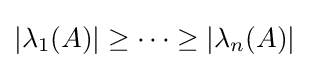
|\lambda _{1}(A)|\geq \cdots \geq |\lambda _{n}(A)|